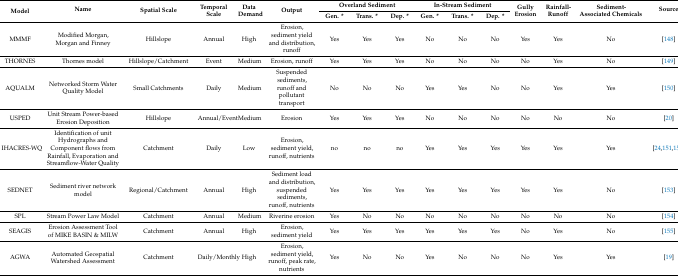
<table><thead><tr><td rowspan="2"><b>Model</b></td><td rowspan="2"><b>Name</b></td><td rowspan="2"><b>Spatial Scale</b></td><td rowspan="2"><b>Temporal Scale</b></td><td rowspan="2"><b>Data Demand</b></td><td rowspan="2"><b>Output</b></td><td colspan="3"><b>Overland Sediment</b></td><td colspan="3"><b>In-Stream Sediment</b></td><td rowspan="2"><b>Gully Erosion</b></td><td rowspan="2"><b>Rainfall-Runoff</b></td><td rowspan="2"><b>Sediment-Associated Chemicals</b></td><td rowspan="2"><b>Source</b></td></tr><tr><td><b>Gen. *</b></td><td><b>Trans. *</b></td><td><b>Dep. *</b></td><td><b>Gen. * </b></td><td><b>Trans. *</b></td><td><b>Dep. *</b></td></tr></thead><tbody><tr><td>MMMF</td><td>Modified Morgan, Morgan and Finney</td><td>Hillslope</td><td>Annual </td><td>High </td><td>Erosion, sediment yield and distribution, runoff</td><td>Yes</td><td>Yes</td><td>Yes</td><td>No</td><td>No</td><td>No</td><td>Yes</td><td>Yes</td><td>No</td><td>[148]</td></tr><tr><td>THORNES</td><td>Thornes model</td><td>Hillslope/Catchment </td><td>Event</td><td>Medium </td><td>Erosion, runoff</td><td>Yes</td><td>Yes</td><td>Yes</td><td>No</td><td>No</td><td>No</td><td>No</td><td>Yes</td><td>No</td><td>[149]</td></tr><tr><td>AQUALM</td><td>Networked Storm Water Quality Model</td><td>Small Catchments </td><td>Daily </td><td>Medium </td><td>Suspended sediments, runoff and pollutant transport</td><td>No</td><td>No</td><td>No</td><td>Yes</td><td>Yes</td><td>No</td><td>No</td><td>Yes</td><td>Yes</td><td>[150] </td></tr><tr><td>USPED </td><td>Unit Stream Power-based Erosion Deposition</td><td>Hillslope</td><td>Annual/Event</td><td>Medium </td><td>Erosion</td><td>Yes</td><td>Yes</td><td>Yes</td><td>No</td><td>No</td><td>No</td><td>No</td><td>No</td><td>No</td><td>[20]</td></tr><tr><td>IHACRES-WQ</td><td>Identification of unit Hydrographs and Component flows from Rainfall, Evaporation and Streamflow-Water Quality</td><td>Catchment</td><td>Daily</td><td>Low</td><td>Erosion, sediment yield, runoff, nutrients</td><td>no</td><td>no</td><td>no</td><td>Yes</td><td>Yes</td><td>Yes</td><td>Yes</td><td>Yes</td><td>Yes</td><td>[24,151,152]</td></tr><tr><td>SEDNET</td><td>Sediment river network model</td><td>Regional/Catchment</td><td>Annual</td><td>High </td><td>Sediment load and distribution, suspended sediments, runoff, nutrients</td><td>Yes</td><td>Yes</td><td>Yes</td><td>Yes</td><td>Yes</td><td>Yes</td><td>Yes</td><td>Yes</td><td>No</td><td>[153]</td></tr><tr><td>SPL</td><td>Stream Power Law Model</td><td>Catchment</td><td>Annual </td><td>Medium </td><td>Riverine erosion </td><td>Yes</td><td>No</td><td>No</td><td>No</td><td>No</td><td>No</td><td>No</td><td>No</td><td>No</td><td>[154]</td></tr><tr><td>SEAGIS</td><td>Erosion Assessment Tool of MIKE BASIN &amp; MILW</td><td>Catchment</td><td>Annual </td><td>High </td><td>Erosion, sediment yield</td><td>Yes</td><td>Yes</td><td>Yes</td><td>Yes</td><td>Yes</td><td>Yes</td><td>No</td><td>Yes</td><td>No</td><td>[155]</td></tr><tr><td>AGWA</td><td>Automated Geospatial Watershed Assessment</td><td>Catchment</td><td>Daily/Monthly</td><td>High </td><td>Erosion, sediment yield, runoff, peak rate, nutrients</td><td>Yes</td><td>No</td><td>No</td><td>Yes</td><td>No</td><td>No</td><td>No</td><td>Yes</td><td>Yes</td><td>[19]</td></tr></tbody></table>